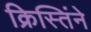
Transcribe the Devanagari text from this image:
क्रिस्तिंने